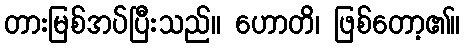
တားမြစ်အပ်ပြီးသည်။ ဟောတိ၊ ဖြစ်တော့၏။